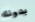
بدونك